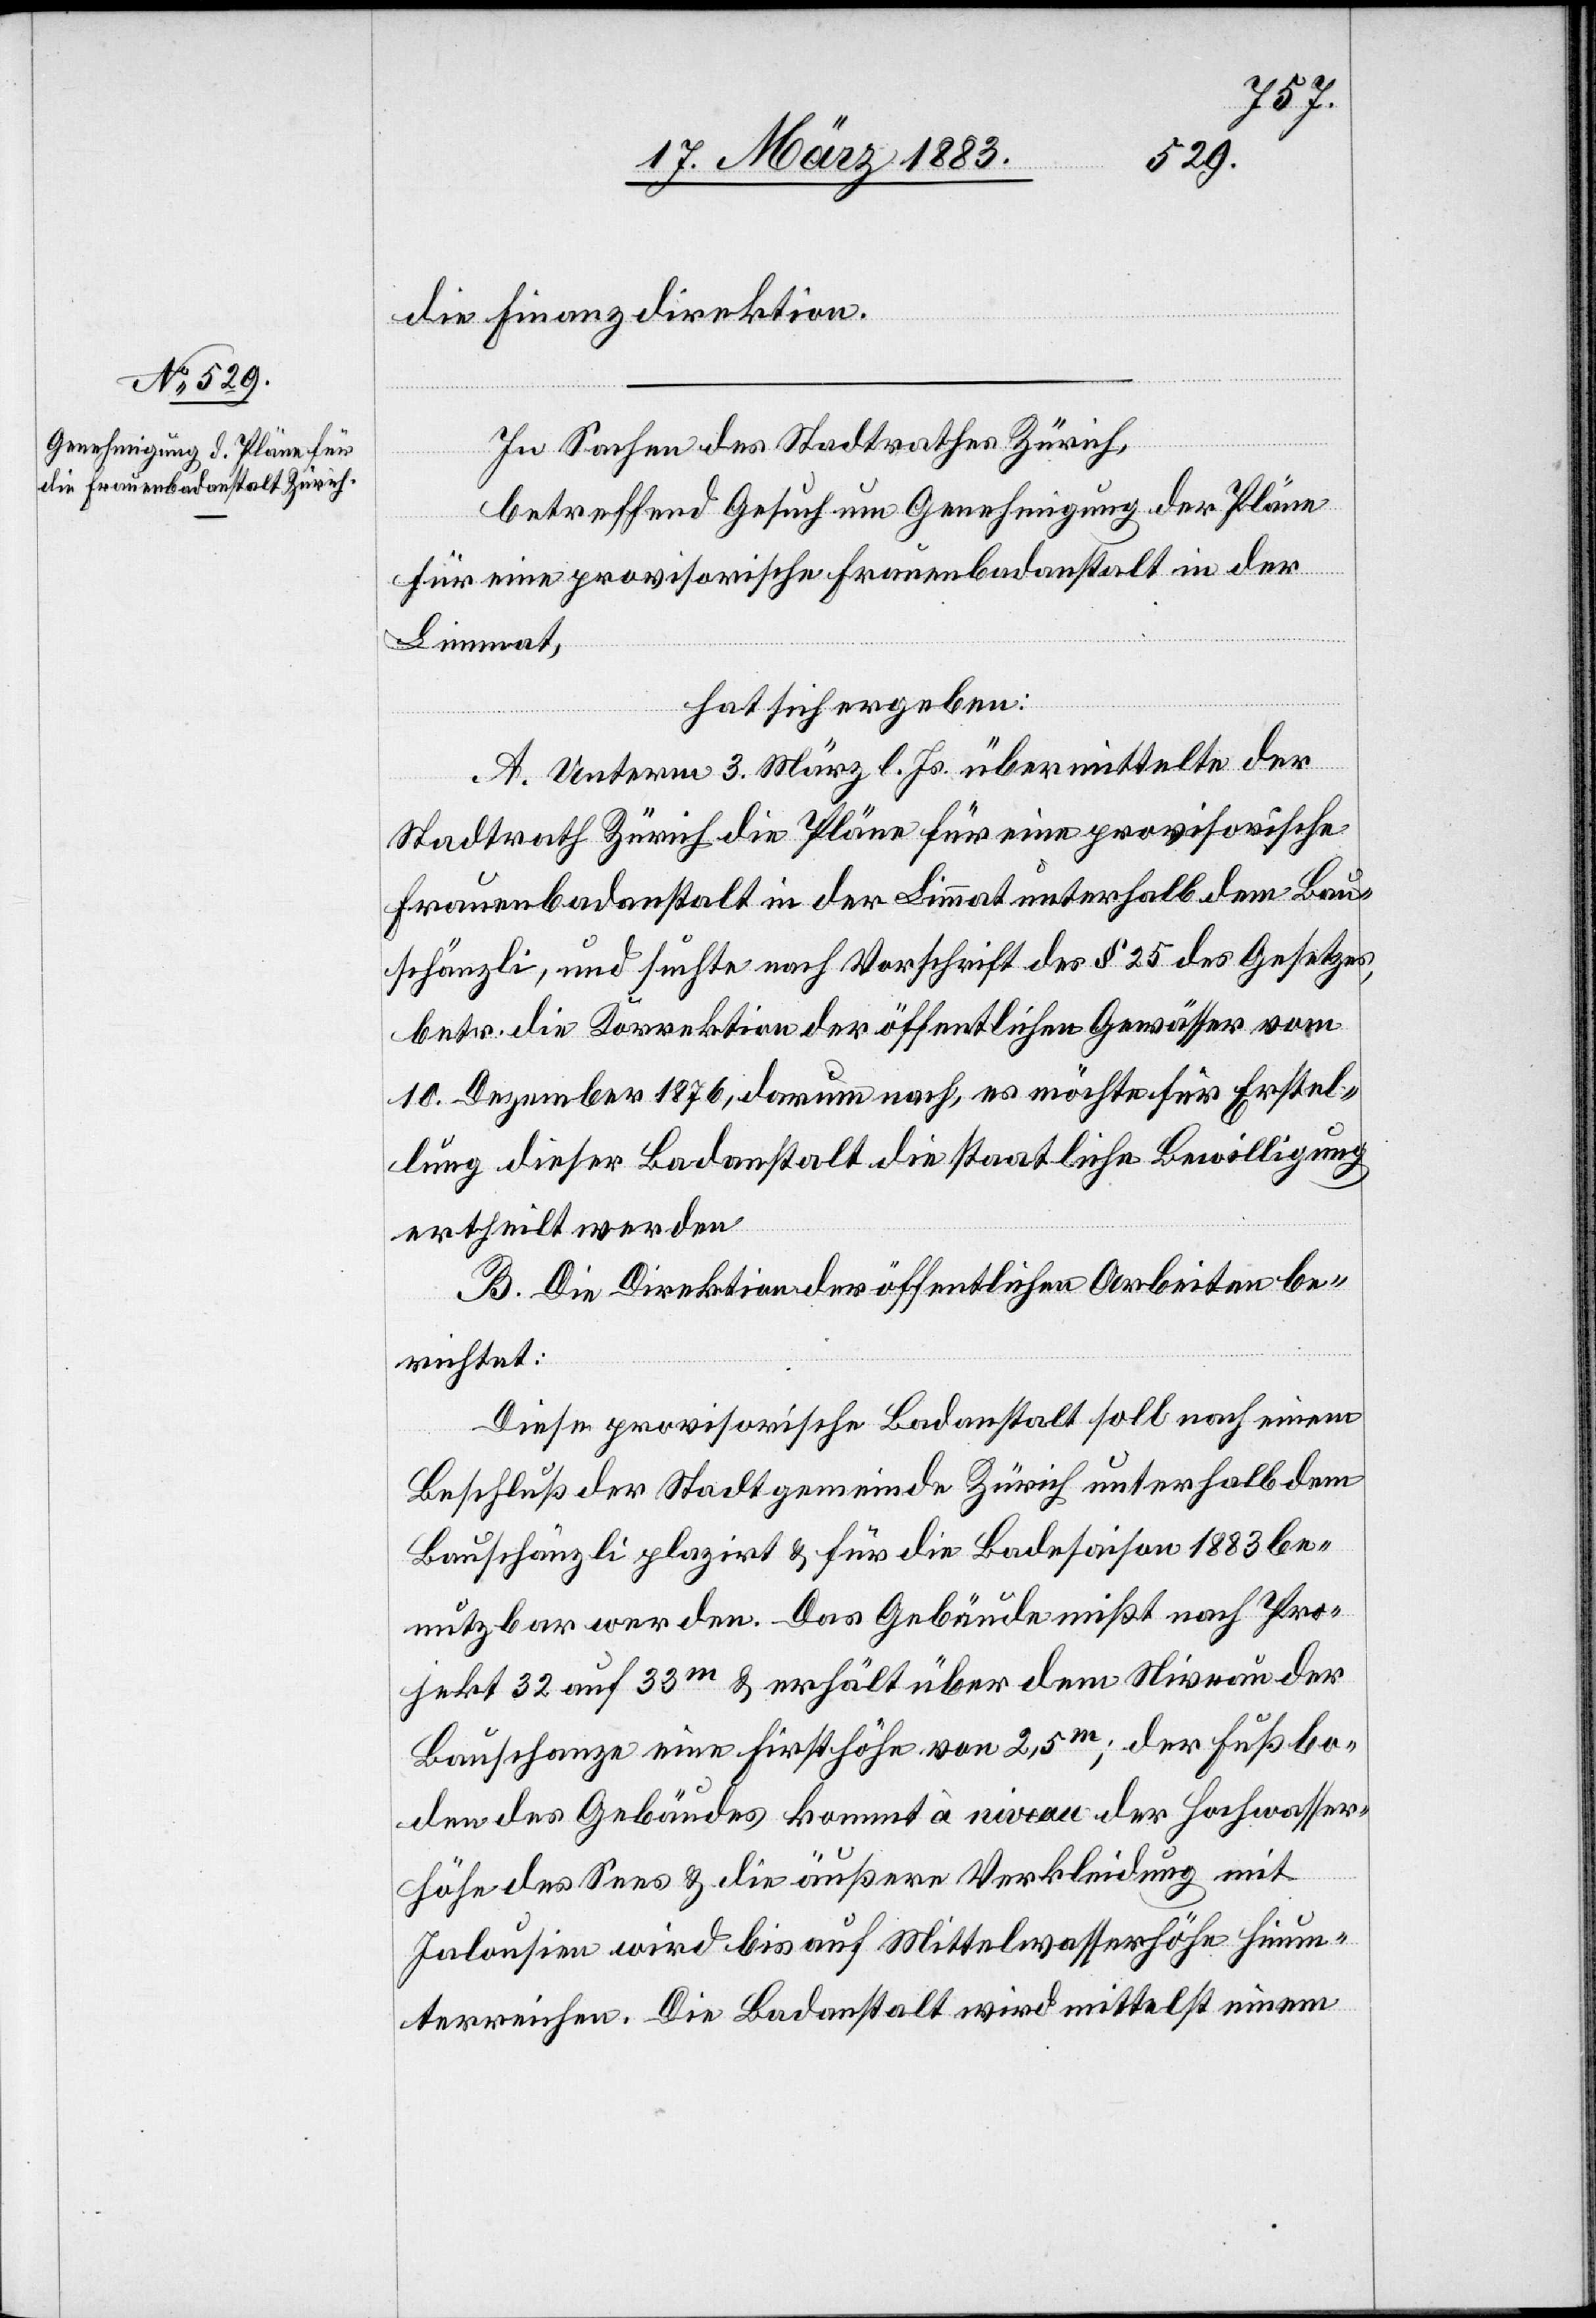
die Finanzdirektion.
In Sachen des Stadtrathes Zürich,
betreffend Gesuch um Genehmigung der Pläne
für eine provisorische Frauenbadanstalt in der
Limmat,
hat sich ergeben:
A. Unterm 3. März l. Js. übermittelte der
Stadtrath Zürich die Pläne für eine provisorische
Frauenbadanstalt in der Limmat unterhalb dem Bau¬
schänzli, und suchte nach Vorschrift des § 25 des Gesetzes,
betr. die Korrektion der öffentlichen Gewässer vom
10. Dezember 1876, darum nach, es möchte für Erstel¬
lung dieser Badanstalt die staatliche Bewilligung
ertheilt werden.
B. Die Direktion der öffentlichen Arbeiten be¬
richtet:
Diese provisorische Badanstalt soll nach einem
Beschluß der Stadtgemeinde Zürich unterhalb dem
Bauschänzli plazirt & für die Badesaison 1883 be¬
nutzbar werden. Das Gebäude mißt nach Pro¬
jekt 32 auf 33m & erhält über dem Niveau der
Bauschanze eine Firsthöhe von 2,5m; der Fußbo¬
den des Gebäudes kommt à niveau der Hochwasser¬
höhe des Sees & die äußere Verkleidung mit
Jalousien wird bis auf Mittelwasserhöhe hinun¬
terreichen. Die Badanstalt wird mittelst einem